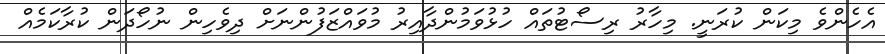
އެހެންވެ މިކަން ކުރަނީ. މިހާރު ރިސޯޓުތައް ހުޅުވަމުންދާއިރު މުވައްޒަފުންނަށް ދިވެހިން ނުހޯދަން ކުރާކަމެއް